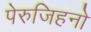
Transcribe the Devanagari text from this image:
पेरुजिहनो